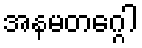
အနမတဂ္ဂေါ